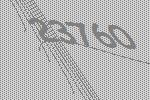
23760